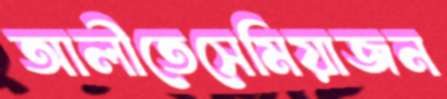
আলীতেসেমিয়াজন